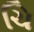
ચિ